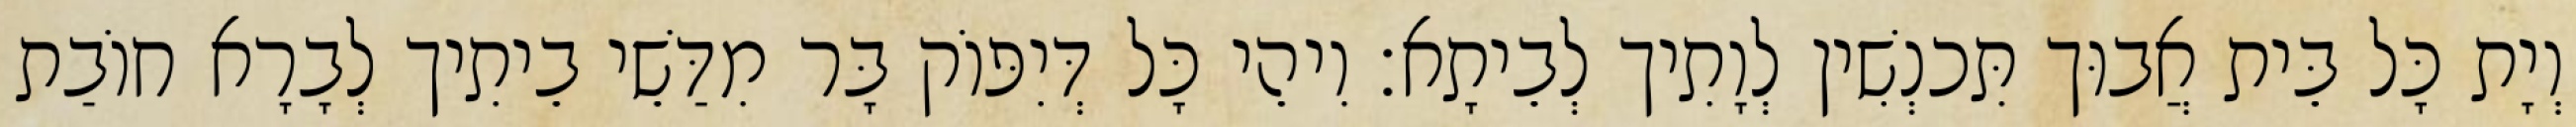
וְיָת כָּל בֵּית אֲבוּך תִּכנְשִׁין לְוָתִיך לְבֵיתָא׃ וִיהֵי כָּל דְּיִפּוֹק בָּר מִדַּשֵׁי בֵיתִיך לְבָרָא חוֹבַת